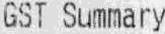
GST SUMMARY